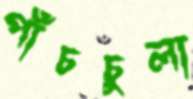
পাঁচচুলা